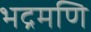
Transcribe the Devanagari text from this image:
भद्रमणि